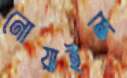
নোয়াইল